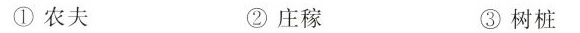
①农夫 ②庄稼 ③树桩